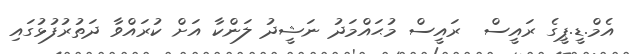
އެމް.ޑީ.ޕީގެ ރައީސް  ރައީސް މުޙައްމަދު ނަޝީދު ލަންކާ އަށް ކުރައްވާ ދަތުރުފުޅުގައި